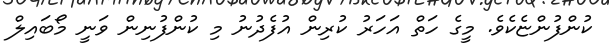
ކުންފުންޏެކެވެ. މީގެ ހަތް އަހަރު ކުރިން އުފެދުނު މި ކުންފުނިން ވަނީ މޯބައިލް